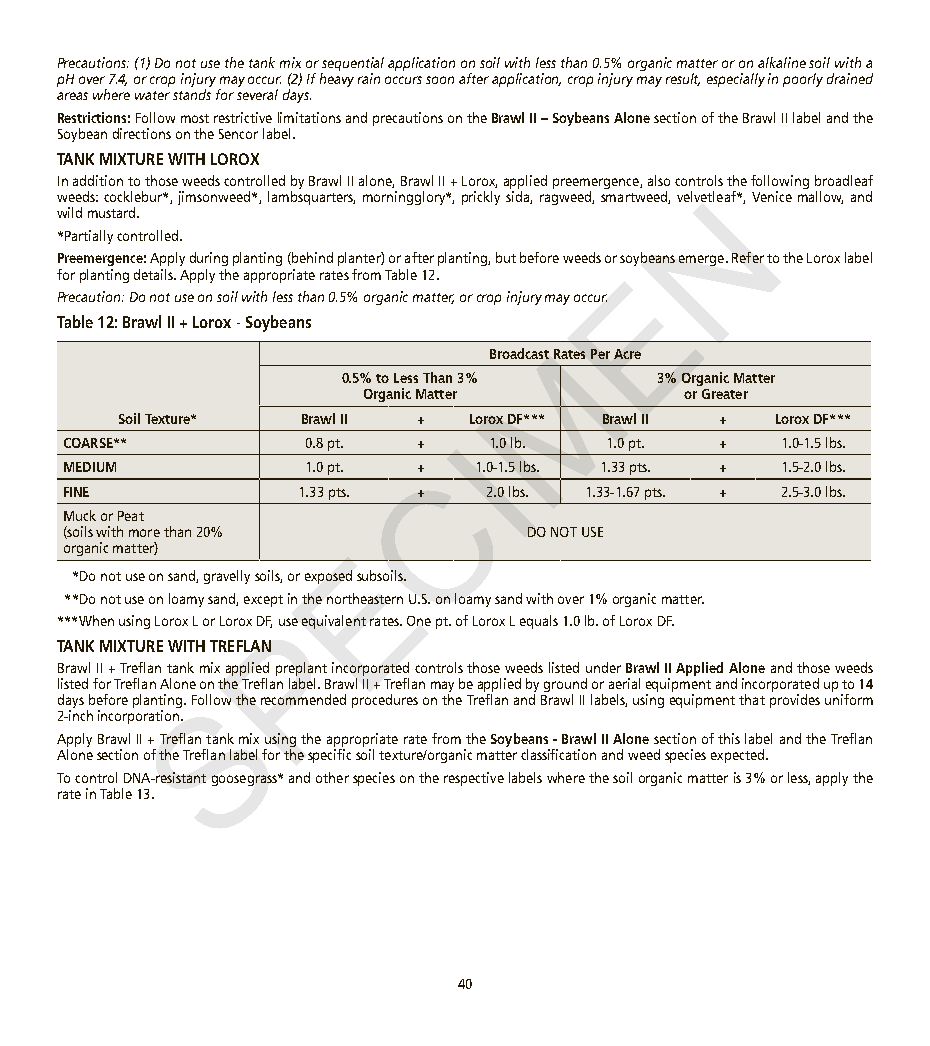
Precautions: (1) Do not use the tank mix or sequential application on soil with less than 0.5% organic matter or on alkaline soil with a
 pH over 7.4, or crop injury may occur. (2) If heavy rain occurs soon after application, crop injury may result, especially in poorly drained
 areas where water stands for several days.
 Restrictions: Follow most restrictive limitations and precautions on the Brawl II – Soybeans Alone section of the Brawl II label and the
 Soybean directions on the Sencor label.
 TANK MIXTURE WITH LOROX
 In addition to those weeds controlled by Brawl II alone, Brawl II + Lorox, applied preemergence, also controls the following broadleaf
 weeds: cocklebur*, jimsonweed*, lambsquarters, morningglory*, prickly sida, ragweed, smartweed, velveNtleaf*, Venice mallow, and
 wild mustard.
 *Partially controlled.
 Preemergence: Apply during planting (behind planter) or after planting, but before weeds or soybeans emerge. Refer to the Lorox label
 for planting details. Apply the appropriate rates from Table 12. E
 Precaution: Do not use on soil with less than 0.5% organic matter, or crop injury may occur.
 Table 12: Brawl II + Lorox - Soybeans
 M
 Broadcast Rates Per Acre
 0.5% to Less Than 3% 3% Organic Matter
 Organic Matter        or Greater
 Soil Texture* Brawl II + Lorox DF*** Brawl II + Lorox DF***
 I
 COARSE**        0.8 pt. +   1.0 lb. 1.0 pt. +  1.0-1.5 lbs.
 MEDIUM          1.0 pt. +C 1.0-1.5 lbs. 1.33 pts. + 1.5-2.0 lbs.
 FINE           1.33 pts. +  2.0 lbs. 1.33-1.67 pts. + 2.5-3.0 lbs.
 Muck or Peat
 (soils with more than 20%     DO NOT USE
 organic matter)   E
 *Do not use on sand, gravelly soils, or exposed subsoils.
 **Do not use on loamy sand, except in the northeastern U.S. on loamy sand with over 1% organic matter.
 ***When using Lorox L or Lorox DF, Puse equivalent rates. One pt. of Lorox L equals 1.0 lb. of Lorox DF.
 TANK MIXTURE WITH TREFLAN
 Brawl II + Treflan tank mix applied preplant incorporated controls those weeds listed under Brawl II Applied Alone and those weeds
 listed for Treflan Alone on the Treflan label. Brawl II + Treflan may be applied by ground or aerial equipment and incorporated up to 14
 S
 days before planting. Follow the recommended procedures on the Treflan and Brawl II labels, using equipment that provides uniform
 2-inch incorporation.
 Apply Brawl II + Treflan tank mix using the appropriate rate from the Soybeans - Brawl II Alone section of this label and the Treflan
 Alone section of the Treflan label for the specific soil texture/organic matter classification and weed species expected.
 To control DNA-resistant goosegrass* and other species on the respective labels where the soil organic matter is 3% or less, apply the
 rate in Table 13.
 40